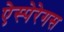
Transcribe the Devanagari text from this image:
ऐस्पेरेगस